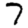
Digit: 7